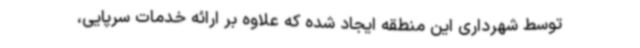
توسط شهرداری این منطقه ایجاد شده که علاوه بر ارائه خدمات سرپایی،